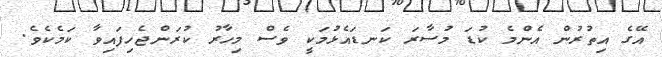
އޭގެ އިތުރުން އެންމެ ކުޑަ މުސާރަ ކަނޑައެޅުމަކީ ވެސް މިހާރު ކުރަންޖެހިފައިވާ ކަމެކެވެ.